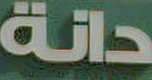
دانة